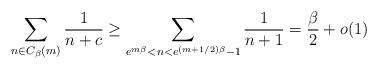
LaTeX: \begin{align*}\sum_{n \in C_\beta(m)} \frac{1}{n+c}\geq \sum_{e^{m \beta}<n<e^{(m+1/2)\beta}-1} \frac{1}{n+1}= \frac{\beta}{2}+ o(1) \end{align*}